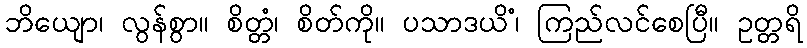
ဘိယျော၊ လွန်စွာ။ စိတ္တံ၊ စိတ်ကို။ ပသာဒယိံ၊ ကြည်လင်စေပြီ။ ဥတ္တရိ